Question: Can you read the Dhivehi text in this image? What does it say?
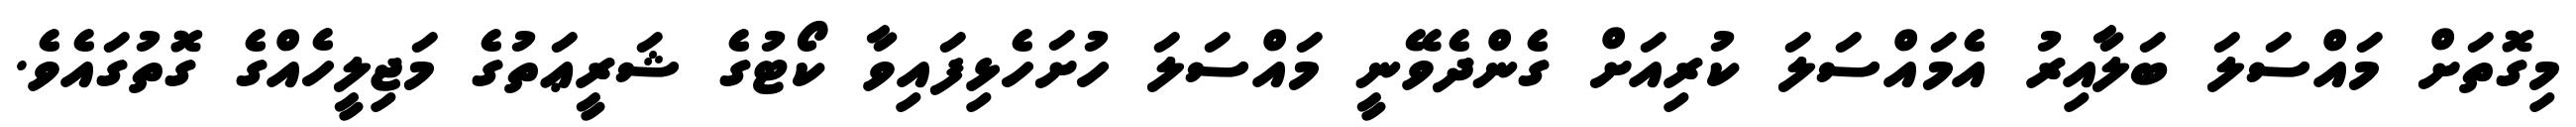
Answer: މިގޮތަށް މައްސަލަ ބަލާއިރު އެމައްސަލަ ކުރިއަށް ގެންދެވޭނީ މައްސަލަ ހުށަހެޅިފައިވާ ކޯޓުގެ ޝަރީޢަތުގެ މަޖިލީހެއްގެ ގޮތުގައެވެ.